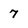
Character: 7